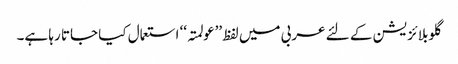
گلوبلائزیشن کے لئے عربی میں لفظ ’’عولمتہ‘‘ استعمال کیا جاتا رہا ہے۔